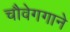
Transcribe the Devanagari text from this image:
चौवेगगाने